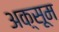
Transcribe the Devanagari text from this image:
अक़्सूम